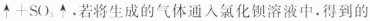
$$\uparrow +SO_{3}\uparrow $$，若将生成的气体通入氯化钡溶液中。得到的